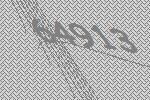
64913